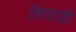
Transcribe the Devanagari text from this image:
शिराटो